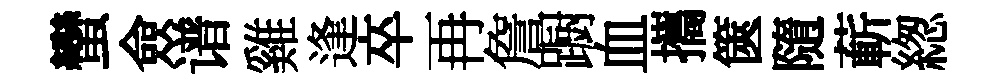
蠻僉谱雞逢卒再詹蹰血攜篋隨蔪緫